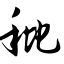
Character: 秕